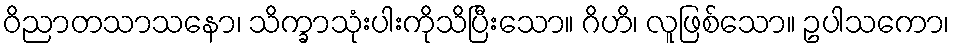
ဝိညာတသာသနော၊ သိက္ခာသုံးပါးကိုသိပြီးသော။ ဂိဟိ၊ လူဖြစ်သော။ ဥပါသကော၊